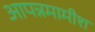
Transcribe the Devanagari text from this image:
आपन्नमामीश